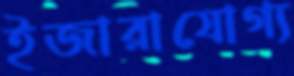
ইজারাযোগ্য